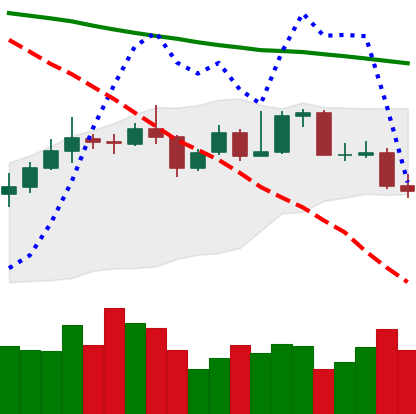
Ticker: XMR-USD
Chart end date: 2019-11-19
Forward return: -18.218%
Label: down_7plus